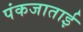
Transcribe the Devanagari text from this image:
पंकजाताई